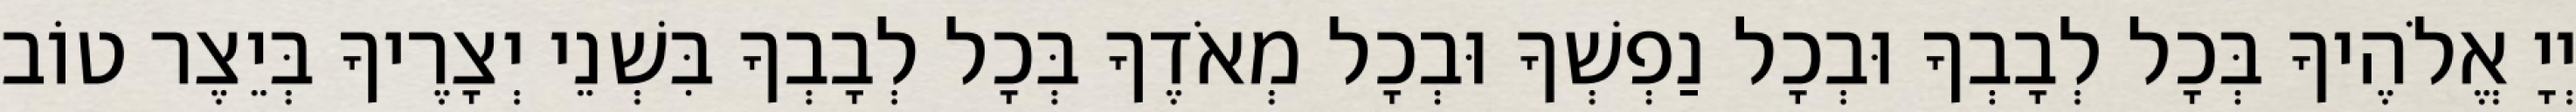
יְיָ אֱלֹהֶיךָ בְּכָל לְבָבְךָ וּבְכָל נַפְשְׁךָ וּבְכָל מְאֹדֶךָ בְּכָל לְבָבְךָ בִּשְׁנֵי יְצָרֶיךָ בְּיֵצֶר טוֹב